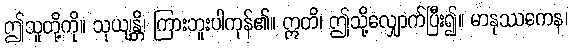
ဤသူတို့ကို။ သုယျန္တိ၊ ကြားဘူးပါကုန်၏။ ဣတိ၊ ဤသို့လျှောက်ပြီး၍။ မာနုဿကေန၊